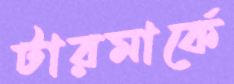
টারমার্কে